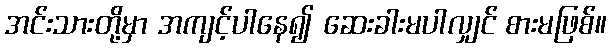
အင်းသားတို့မှာ အကျင့်ပါနေ၍ ဆေးခါးမပါလျှင် စားမဖြစ်။